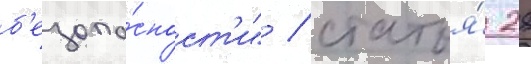
б'езопа́сност'и" / статья́ 28